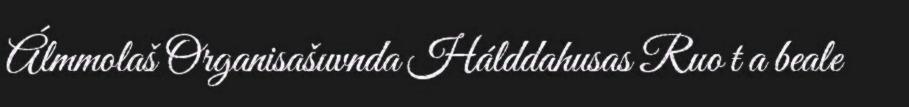
Álmmolaš Organisašuvnda Hálddahusas Ruo ŧ a beale